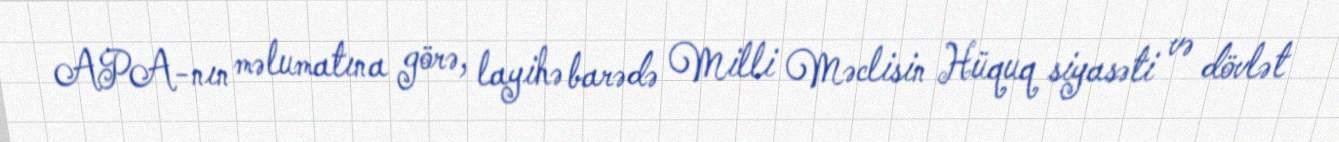
APA-nın məlumatına görə, layihə barədə Milli Məclisin Hüquq siyasəti və dövlət